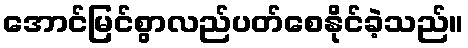
အောင်မြင်စွာလည်ပတ်စေနိုင်ခဲ့သည်။